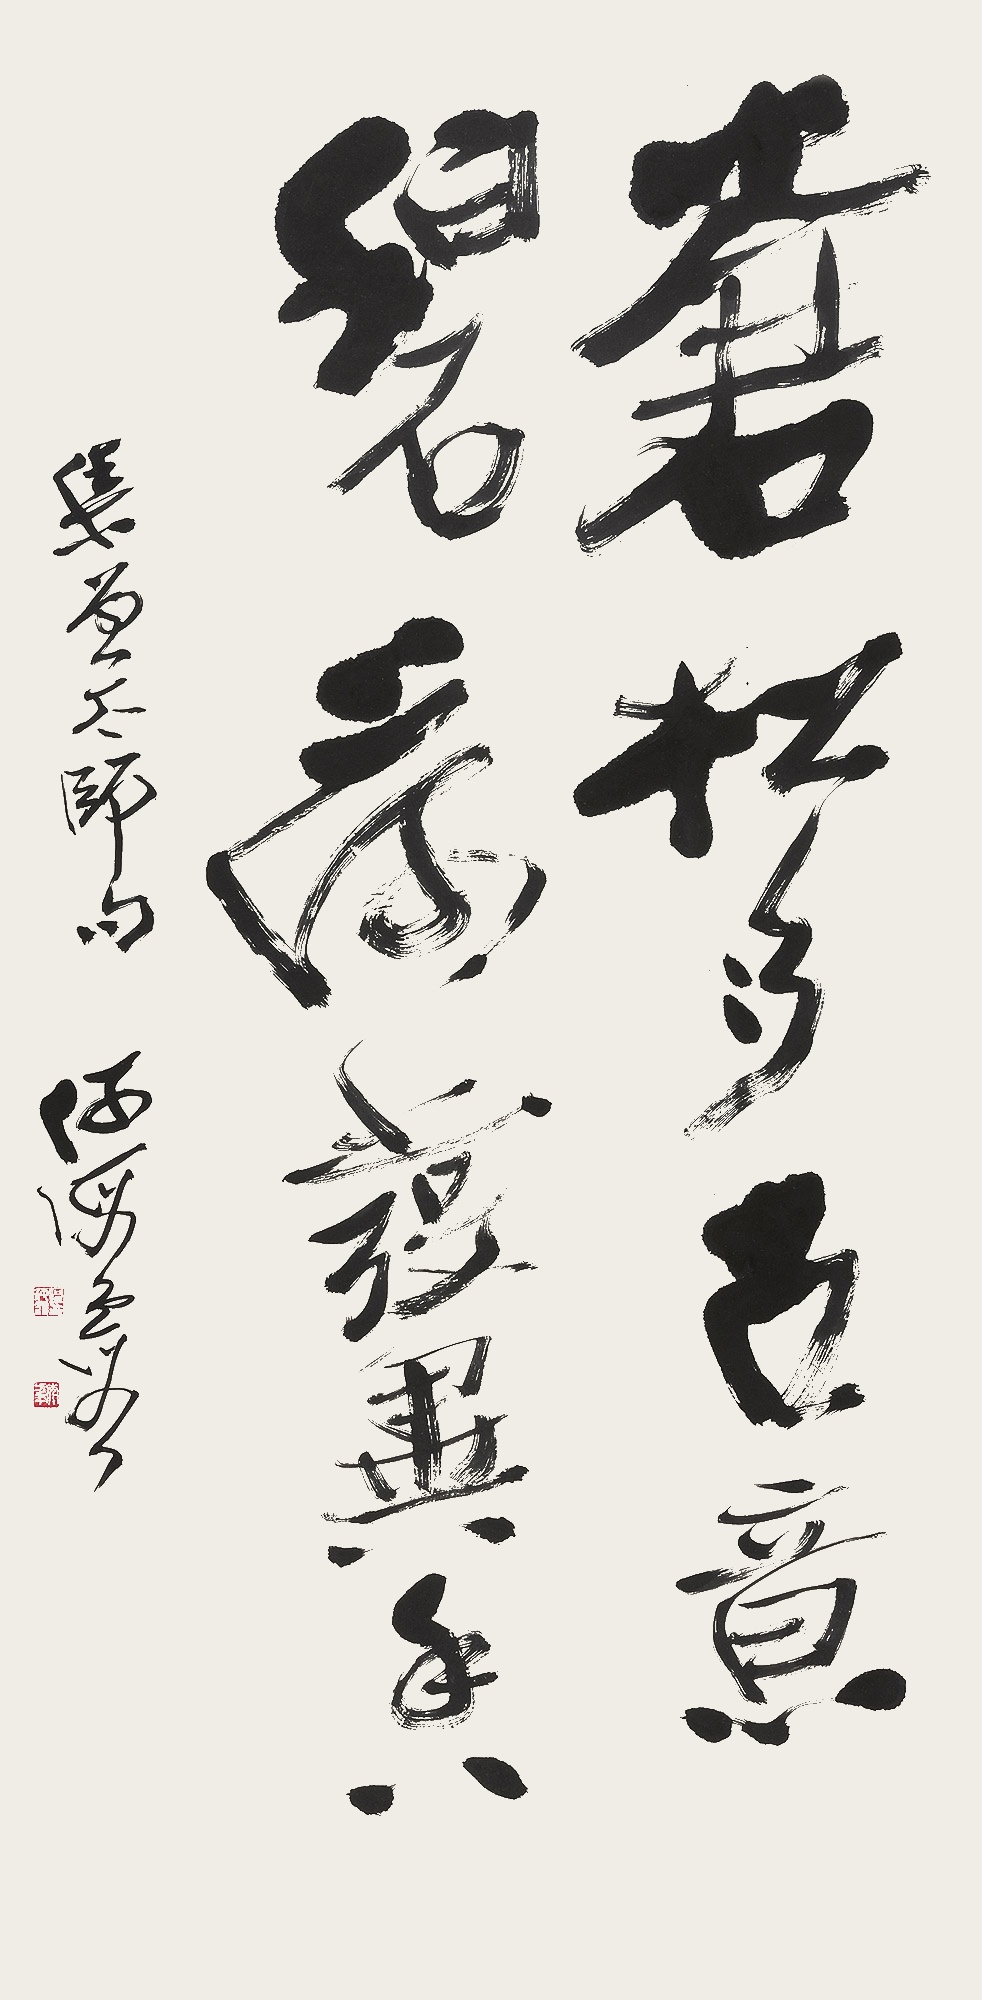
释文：苍松多古意，碧荷发异香。集曾太师句。何海霞。